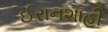
ઈરાનશાહી